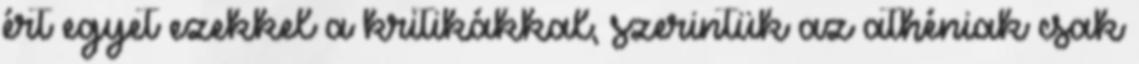
ért egyet ezekkel a kritikákkal, szerintük az athéniak csak